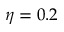
\eta = 0 . 2